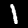
Digit: 1